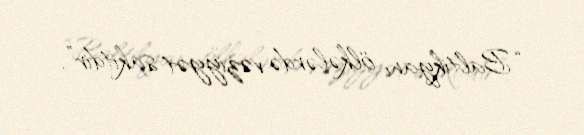
“Baltikyanı ölkələrdə vəziyyət sakitdir”.